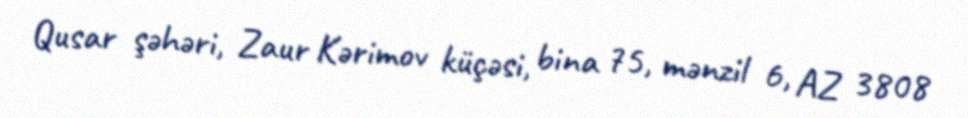
Qusar şəhəri, Zaur Kərimov küçəsi, bina 75, mənzil 6, AZ 3808